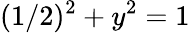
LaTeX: (1/2)^{2}+y^{2}=1